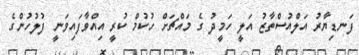
ފަނޑިޔާރު އަލްއުސްތާޒު އަލީ ހަމީދު ގެ މައްޗަށް ހުކުމް ކުރީ އިއްވާފައިވަނީ ފުލުހުންގެ